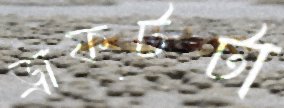
ড্রাফটটা